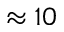
\approx 1 0